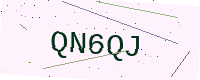
Text: QN6QJ